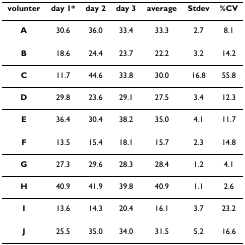
<table><thead><tr><td><b>volunter</b></td><td><b>day 1*</b></td><td><b>day 2</b></td><td><b>day 3</b></td><td><b>average</b></td><td><b>Stdev</b></td><td><b>%CV</b></td></tr></thead><tbody><tr><td><b>A</b></td><td>30.6</td><td>36.0</td><td>33.4</td><td>33.3</td><td>2.7</td><td>8.1</td></tr><tr><td><b>B</b></td><td>18.6</td><td>24.4</td><td>23.7</td><td>22.2</td><td>3.2</td><td>14.2</td></tr><tr><td><b>C</b></td><td>11.7</td><td>44.6</td><td>33.8</td><td>30.0</td><td>16.8</td><td>55.8</td></tr><tr><td><b>D</b></td><td>29.8</td><td>23.6</td><td>29.1</td><td>27.5</td><td>3.4</td><td>12.3</td></tr><tr><td><b>E</b></td><td>36.4</td><td>30.4</td><td>38.2</td><td>35.0</td><td>4.1</td><td>11.7</td></tr><tr><td><b>F</b></td><td>13.5</td><td>15.4</td><td>18.1</td><td>15.7</td><td>2.3</td><td>14.8</td></tr><tr><td><b>G</b></td><td>27.3</td><td>29.6</td><td>28.3</td><td>28.4</td><td>1.2</td><td>4.1</td></tr><tr><td><b>H</b></td><td>40.9</td><td>41.9</td><td>39.8</td><td>40.9</td><td>1.1</td><td>2.6</td></tr><tr><td><b>I</b></td><td>13.6</td><td>14.3</td><td>20.4</td><td>16.1</td><td>3.7</td><td>23.2</td></tr><tr><td><b>J</b></td><td>25.5</td><td>35.0</td><td>34.0</td><td>31.5</td><td>5.2</td><td>16.6</td></tr></tbody></table>